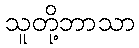
သူတို့ဘာသာ